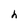
Character: h